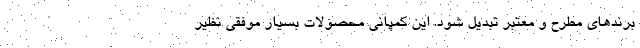
برندهای مطرح و معتبر تبدیل شود. این کمپانی محصولات بسیار موفقی نظیر